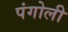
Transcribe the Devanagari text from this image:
पंगोली